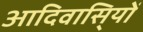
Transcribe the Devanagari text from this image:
आदिवासि्यों